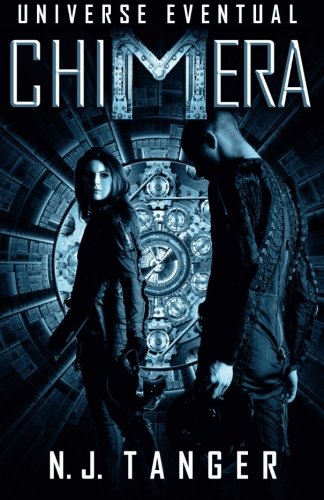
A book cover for Chimera (Universe Eventual) (Volume 1); N.J. Tanger; Science Fiction & Fantasy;